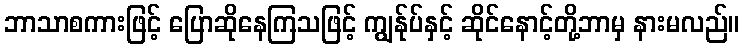
ဘာသာစကားဖြင့် ပြောဆိုနေကြသဖြင့် ကျွန်ုပ်နှင့် ဆိုင်နောင့်တို့ဘာမှ နားမလည်။